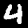
Label: 4